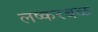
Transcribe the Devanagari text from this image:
लष्करबळ